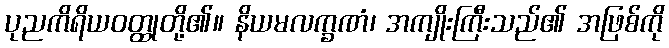
ပုညကိရိယဝတ္ထုတို့၏။ နိယမလက္ခဏံ၊ အကျိုးကြီးသည်၏ အဖြစ်ကို